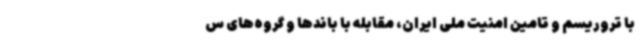
با تروریسم و تامین امنیت ملی ایران، مقابله با باندها و گروه‌های س